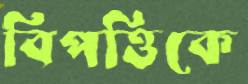
বিপত্তিকে